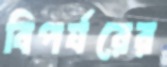
বিপর্যরের